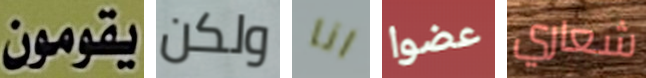
يقومون ولكن انا عضوا شعاري